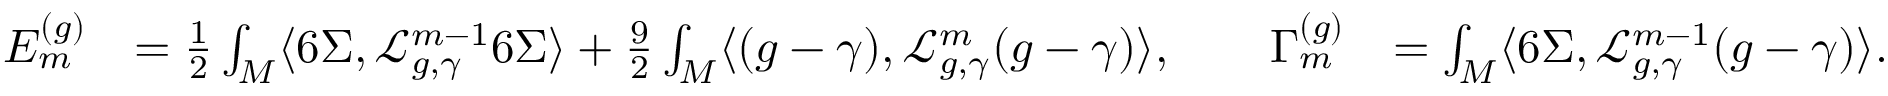
\begin{array} { r l r } { E _ { m } ^ { ( g ) } } & { = \frac { 1 } { 2 } \int _ { M } \langle 6 \Sigma , \mathcal { L } _ { g , \gamma } ^ { m - 1 } 6 \Sigma \rangle + \frac { 9 } { 2 } \int _ { M } \langle ( g - \gamma ) , \mathcal { L } _ { g , \gamma } ^ { m } ( g - \gamma ) \rangle , \qquad \Gamma _ { m } ^ { ( g ) } } & { = \int _ { M } \langle 6 \Sigma , \mathcal { L } _ { g , \gamma } ^ { m - 1 } ( g - \gamma ) \rangle . } \end{array}